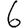
Digit: 6